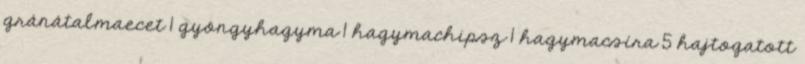
gránátalmaecet 1 gyöngyhagyma 1 hagymachipsz 1 hagymacsíra 5 hajtogatott